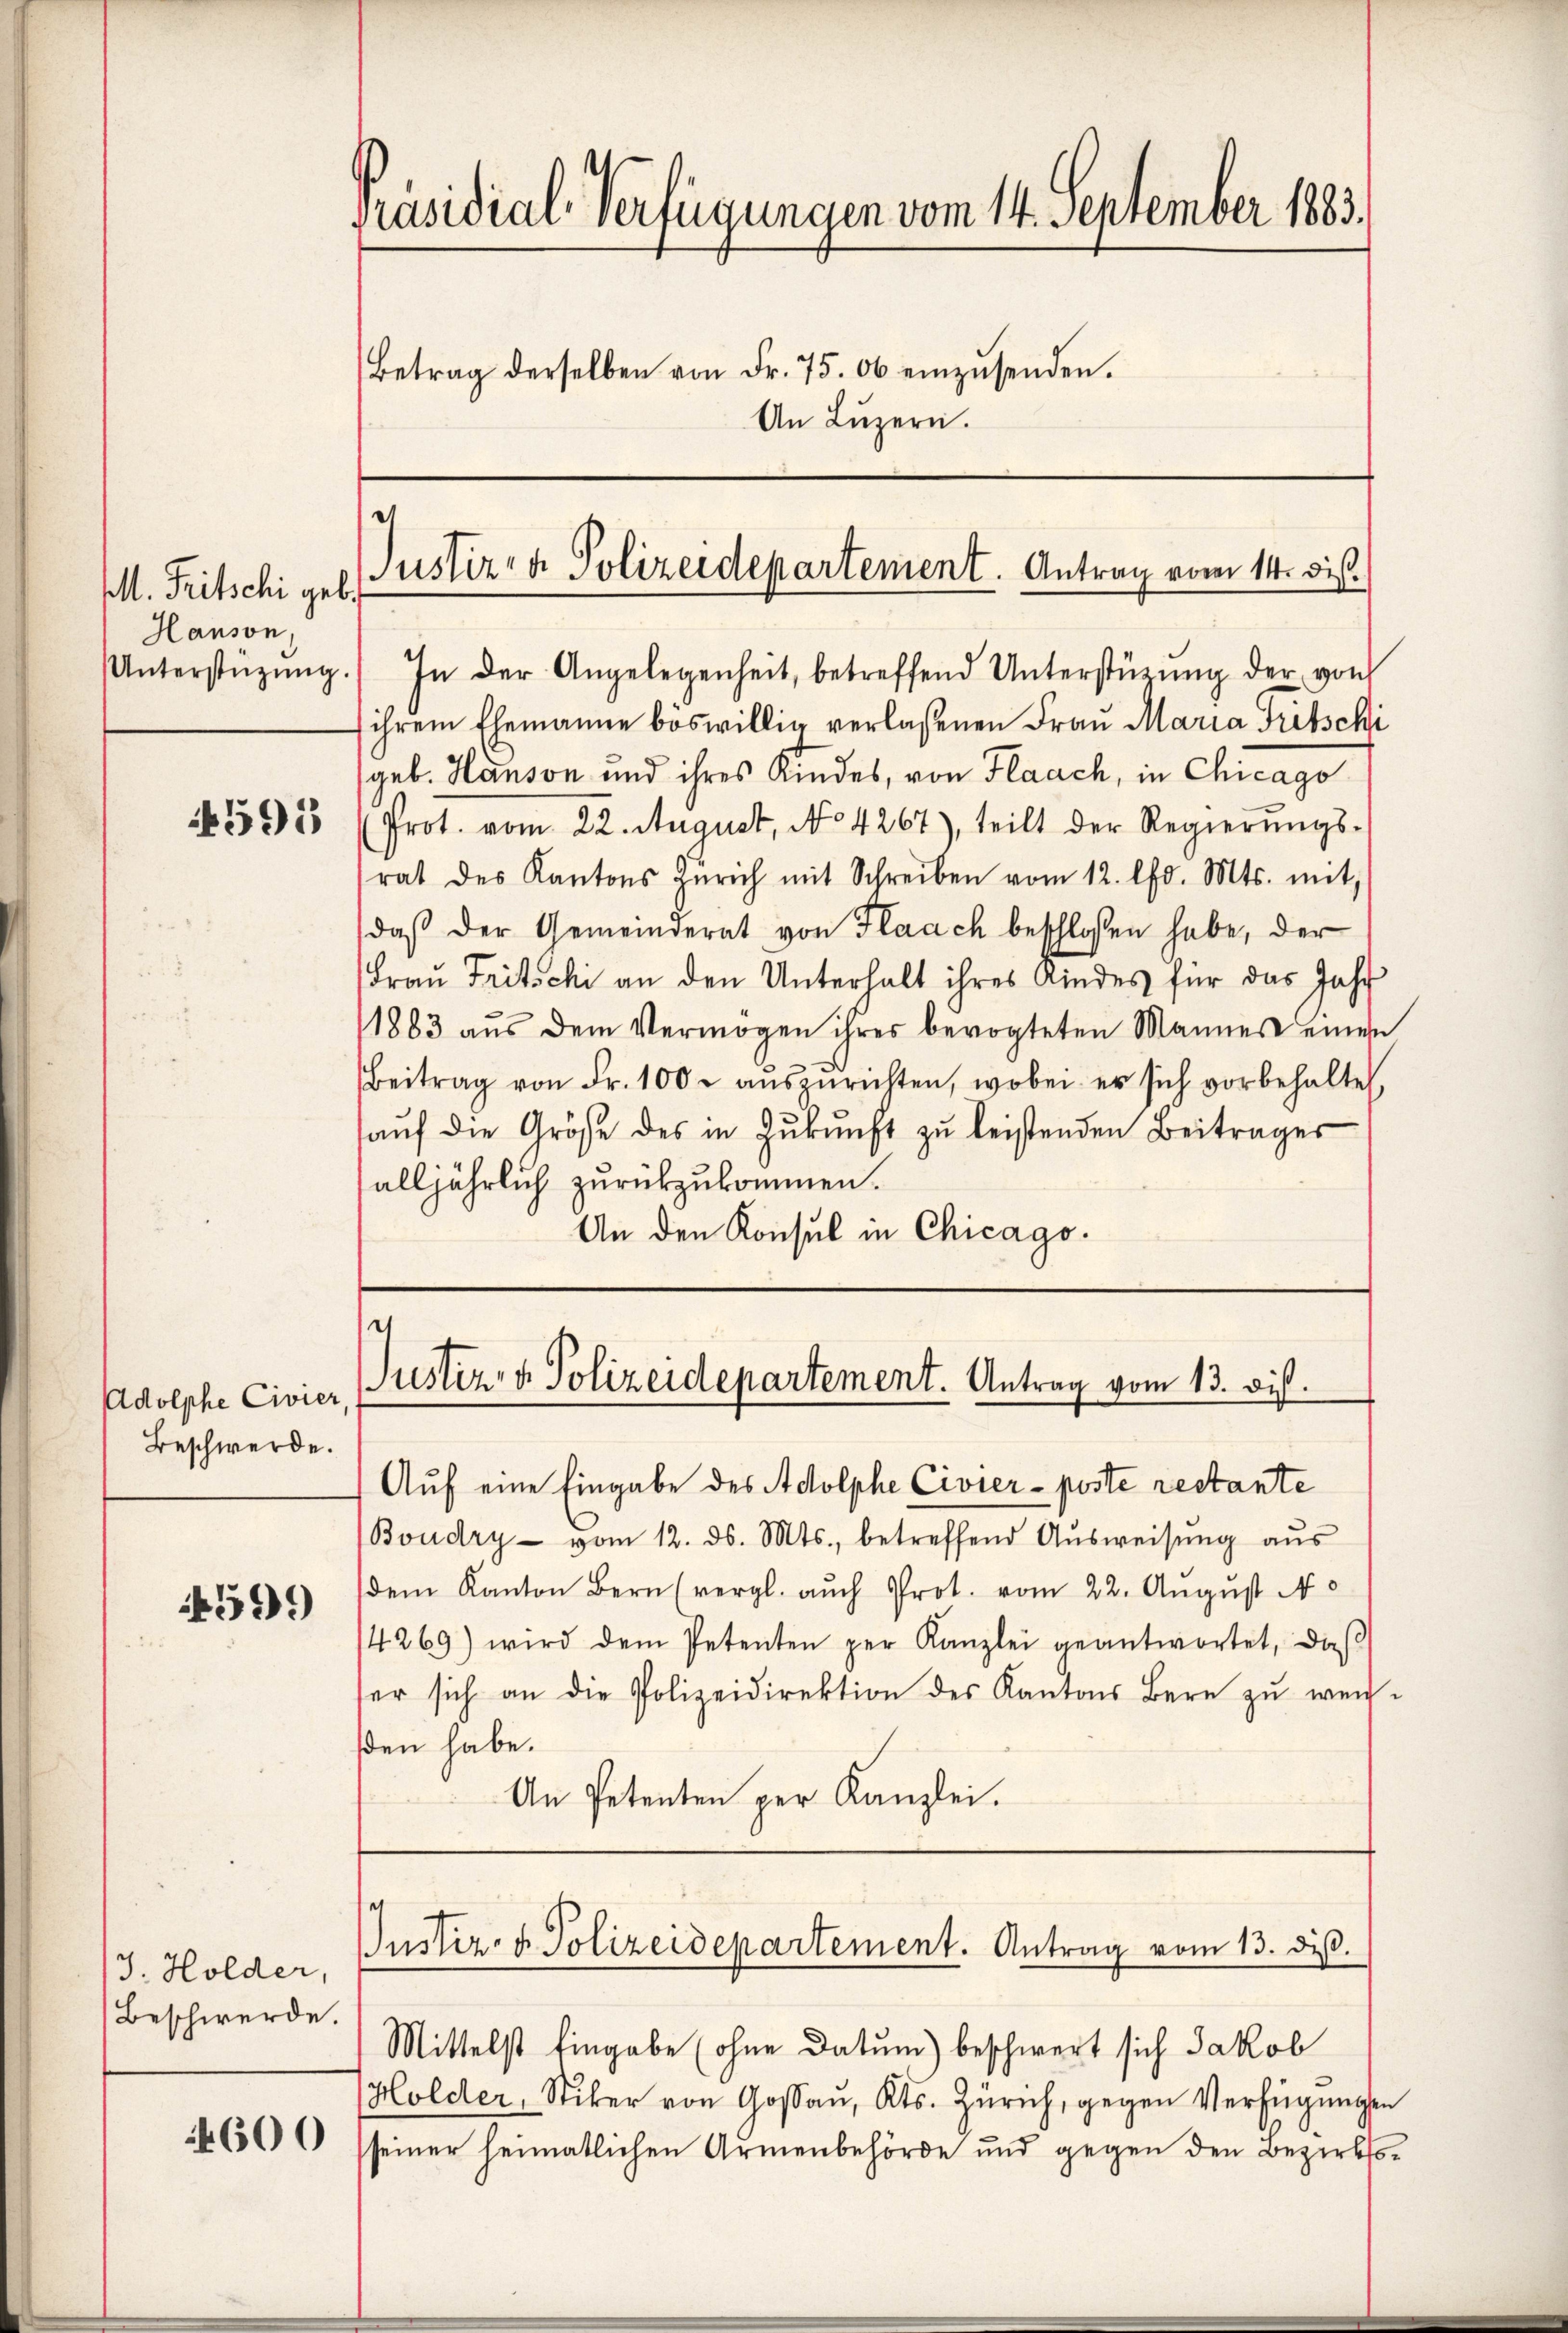
M. Fritschi geb.
Hanson,
Unterstützung.

595

Adolphe Civier,
Beschwerde.

4599

J. Holder,
Beschwerde.

4600

Präsidial-Verfügungen vom 14. September 1883.
Betrag derselben von Fr. 75. 06 einzŭsenden.
An Luzern.

s
Justiz- & Polizeidepartement. Antrag vom 14. di

In der Angelegenheit, betreffend Unterstüzung der von
ihrem Ehemanne böswillig verlaßenen Frau Maria Fritschi
geb. Hanson und ihres Kindes, von Flaach, in Chicago
Prot. vom 22. August, No 4267), teilt der Regierŭngs-
rat des Kantons Zürich mit Schreiben vom 12. lfd. Mts. mit,
daβ der Gemeinderat von Flaach beschlossen habe, der
Frau Tritschi an den Unterhalt ihres Kindes für das Jahr
1883 aŭs dem Vermögen ihres bevogteten Mannes einen
Beitrag von Fr. 100. aŭszŭrichten, wobei er sich vorbehalte
aŭf die Größe des in Zŭkŭnft zŭ leistenden Beitrages
alljährlich zurückzukommen.
An den Konsul in Chicago.

Justiz- & Polizeidepartement. Antrag vom 13. dieß.

Justiz- & Polizeidepartement. Antrag vom 13. ds.

Auf eine Eingabe des Adolphe Civier-Poste restante
Boudry- vom 12. ds. Mts., betreffend Aŭsweisŭng aŭs
dem Kanton Bern (vergl. auch Prot. vom 22. August N
4269) wird dem Petenten per Kanzlei geantwortet, daβ
er sich an die Polizeidirektion des Kantons Bern zŭ weich-
den habe.
An Petenten per Kanzlei.

Mittelst Eingabe (ohne Datum) beschwert sich Jakob
Holder, Stiler von Goßau, Kts. Zürich, gegen Verfügungen
seiner heimatlichen Armenbehörde und gegen den Bezirkss¬